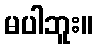
မပါဘူး။